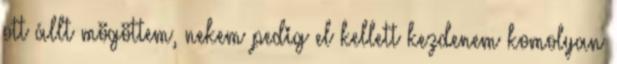
ott állt mögöttem, nekem pedig el kellett kezdenem komolyan